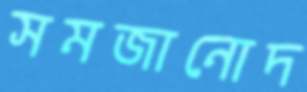
সমজানোদ